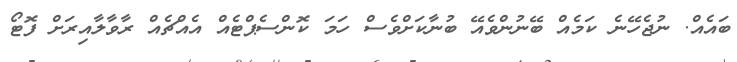
ބައެއް. ނުޖެހޭނެ ކަމެއް ބޭނުންވެއޭ ބުނާކަށްވެސް ހަމަ ކޮންސެޕްޓެއް އެއްޗެއް ރާވާލާއިރަށް ފޮޓޯ